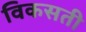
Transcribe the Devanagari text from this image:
विकसती